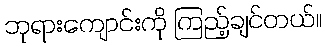
ဘုရားကျောင်းကို ကြည့်ချင်တယ်။